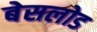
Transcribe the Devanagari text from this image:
बेसलोड